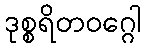
ဒုစ္စရိတဝဂ္ဂေါ